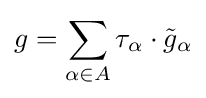
g=\sum _{\alpha \in A}\tau _{\alpha }\cdot {\tilde {g}}_{\alpha }